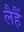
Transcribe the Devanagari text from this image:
लैहैं